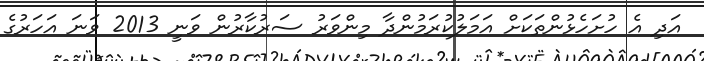
އަދި އެ ހުށަހެޅުންތަކަށް އަމަލުކުރަމުންދާ މިންވަރު ސަރުކާރުން ވަނީ 2013 ވަނަ އަހަރުގެ